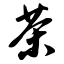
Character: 茶